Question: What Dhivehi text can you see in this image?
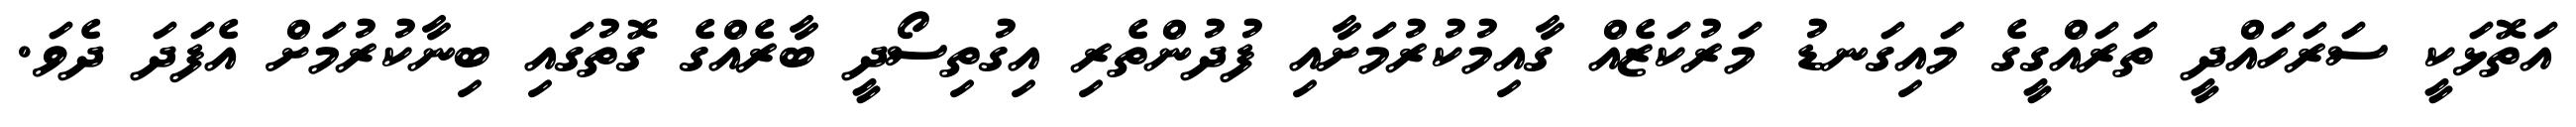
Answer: އަތޮޅަކީ ސަރަހައްދީ ތަރައްގީގެ މައިގަނޑު މަރުކަޒެއް ގާއިމުކުރުމަށާއި ފުދުންތެރި އިގުތިސޯދީ ބާރެއްގެ ގޮތުގައި ބިނާކުރުމަށް އެފަދަ ދެވަ.